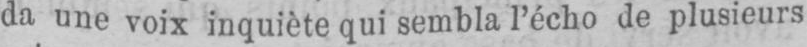
da une voix inquiète qui sembla l’écho de plusieurs